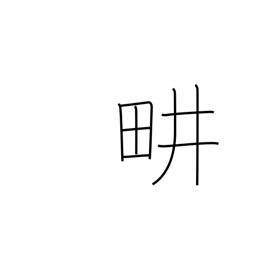
Meaning: cultivate